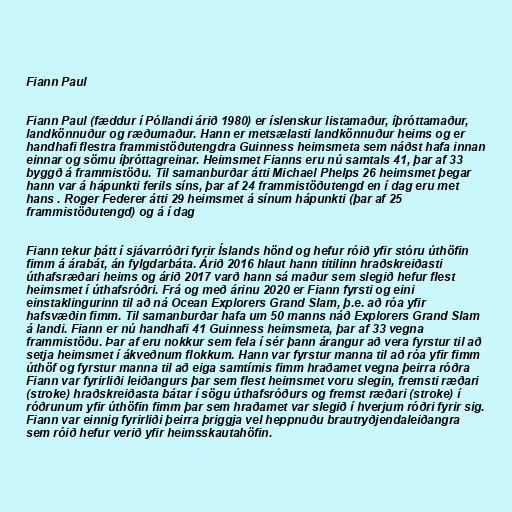
Fiann Paul

Fiann Paul (fæddur í Póllandi árið 1980) er íslenskur listamaður, íþróttamaður,
landkönnuður og ræðumaður. Hann er metsælasti landkönnuður heims og er
handhafi flestra frammistöðutengdra Guinness heimsmeta sem náðst hafa innan
einnar og sömu íþróttagreinar. Heimsmet Fianns eru nú samtals 41, þar af 33
byggð á frammistöðu. Til samanburðar átti Michael Phelps 26 heimsmet þegar
hann var á hápunkti ferils síns, þar af 24 frammistöðutengd en í dag eru met
hans . Roger Federer átti 29 heimsmet á sínum hápunkti (þar af 25
frammistöðutengd) og á í dag

Fiann tekur þátt í sjávarróðri fyrir Íslands hönd og hefur róið yfir stóru úthöfin
fimm á árabát, án fylgdarbáta. Árið 2016 hlaut hann titilinn hraðskreiðasti
úthafsræðari heims og árið 2017 varð hann sá maður sem slegið hefur flest
heimsmet í úthafsróðri. Frá og með árinu 2020 er Fiann fyrsti og eini
einstaklingurinn til að ná Ocean Explorers Grand Slam, þ.e. að róa yfir
hafsvæðin fimm. Til samanburðar hafa um 50 manns náð Explorers Grand Slam
á landi. Fiann er nú handhafi 41 Guinness heimsmeta, þar af 33 vegna
frammistöðu. Þar af eru nokkur sem fela í sér þann árangur að vera fyrstur til að
setja heimsmet í ákveðnum flokkum. Hann var fyrstur manna til að róa yfir fimm
úthöf og fyrstur manna til að eiga samtímis fimm hraðamet vegna þeirra róðra
Fiann var fyrirliði leiðangurs þar sem flest heimsmet voru slegin, fremsti ræðari
(stroke) hraðskreiðasta bátar í sögu úthafsróðurs og fremst ræðari (stroke) í
róðrunum yfir úthöfin fimm þar sem hraðamet var slegið í hverjum róðri fyrir sig.
Fiann var einnig fyrirliði þeirra þriggja vel heppnuðu brautryðjendaleiðangra
sem róið hefur verið yfir heimsskautahöfin.